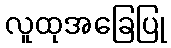
လူထုအခြေပြု